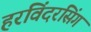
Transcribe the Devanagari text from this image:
हरविंदरसिंग